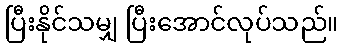
ပြီးနိုင်သမျှ ပြီးအောင်လုပ်သည်။